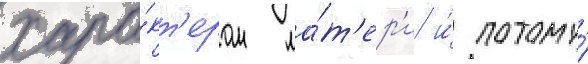
хара́кт'ером ма́т'ер'и и́ потому́